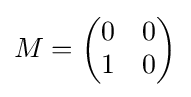
M={\begin{pmatrix}0&0\\1&0\end{pmatrix}}